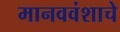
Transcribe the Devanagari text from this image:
मानववंशाचे